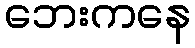
ဘေးကနေ